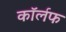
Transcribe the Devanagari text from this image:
कॉर्लफ